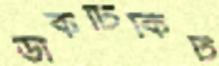
ডাকটিকিট